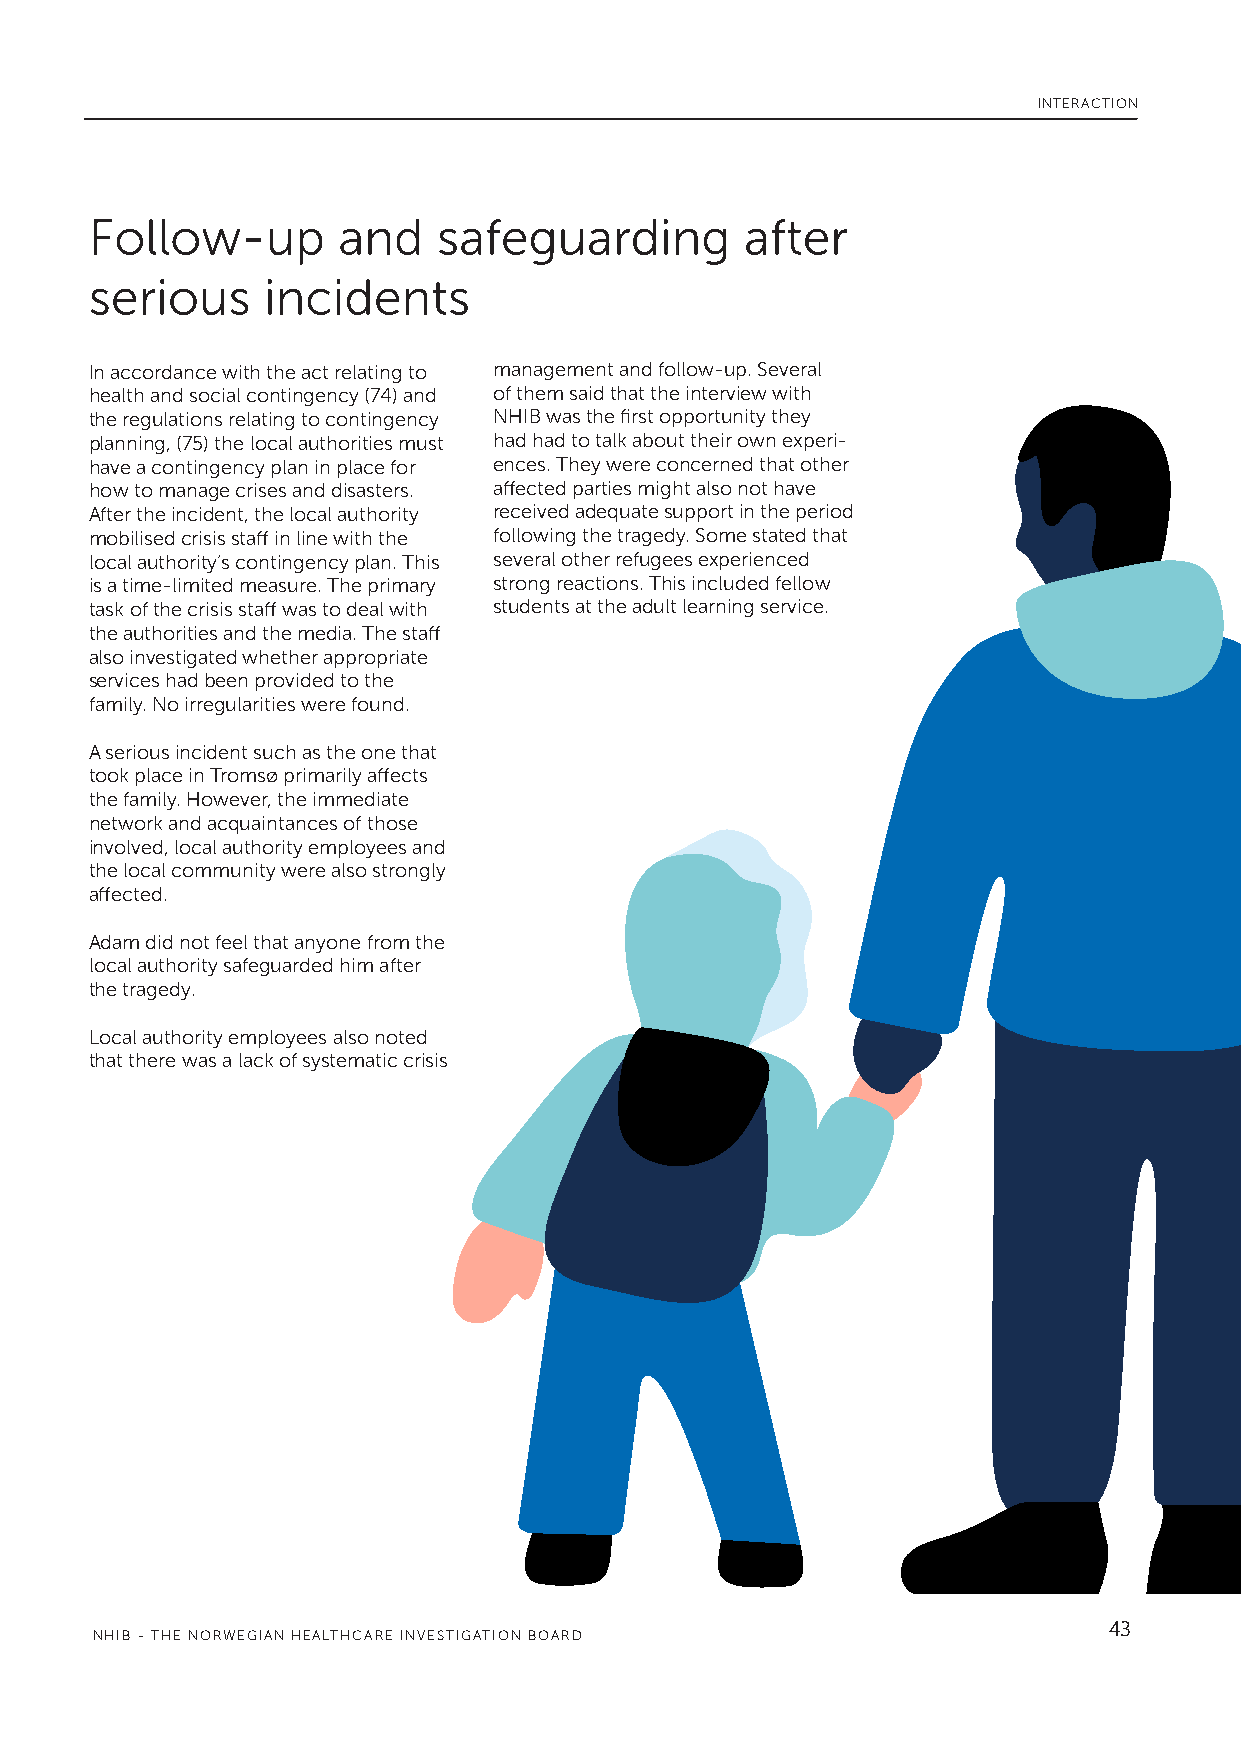
INTERACTION
 Follow-up       and    safeguarding        after
 serious    incidents
 In accordance with the act relating to management and follow-up. Several
 health and social contingency (74) and of them said that the interview with
 the regulations relating to contingency NHIB was the first opportunity they
 planning, (75) the local authorities must had had to talk about their own experi-
 have a contingency plan in place for ences. They were concerned that other
 how to manage crises and disasters. affected parties might also not have
 After the incident, the local authority received adequate support in the period
 mobilised crisis staff in line with the following the tragedy. Some stated that
 local authority’s contingency plan. This several other refugees experienced
 is a time-limited measure. The primary strong reactions. This included fellow
 task of the crisis staff was to deal with students at the adult learning service.
 the authorities and the media. The staff
 also investigated whether appropriate
 services had been provided to the
 family. No irregularities were found.
 A serious incident such as the one that
 took place in Tromsø primarily affects
 the family. However, the immediate
 network and acquaintances of those
 involved, local authority employees and
 the local community were also strongly
 affected.
 Adam did not feel that anyone from the
 local authority safeguarded him after
 the tragedy.
 Local authority employees also noted
 that there was a lack of systematic crisis
 43
 NHIB - THE NORWEGIAN HEALTHCARE INVESTIGATION BOARD